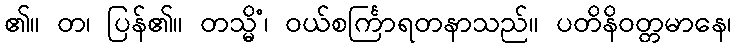
၏။ တ၊ ပြန်၏။ တသ္မိံ၊ ဝယ်စင်္ကြာရတနာသည်။ ပတိနိဝတ္တမာနေ၊